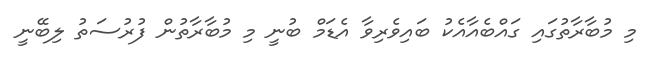
މި މުބާރާތުގައި ގައްބެއާއެކު ބައިވެރިވާ އެޑަމް ބުނީ މި މުބާރާތުން ފުރުސަތު ލިބޭނީ